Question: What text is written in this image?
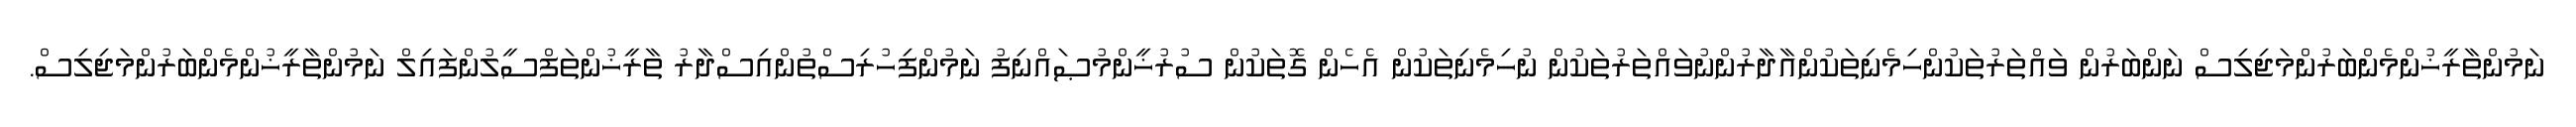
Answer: ނަމުންތާރީޚުންމެންބަރުންމަޖިލިސް ނަންބަރުން ވައްތަރުތަކުންހިމެނިތަކުންއާދާރުންނުވައްތަރުތަކުން ނުހިމެނިތަކުން އެހެން ގޮތަކުން ސުރުޚީންމުޞައްނިފު ނަމުންފިހުރިސްތުންއިސްދާރު ތާރީޚުންތަފްސީލުންފައިލް ނަމުންތާރީޚުންމެންބަރުންމަޖިލިސް.